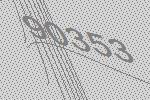
90353